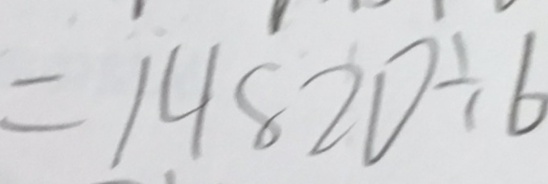
= 1 4 8 2 0 \div 6